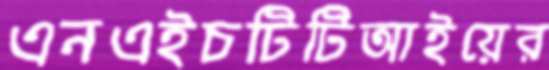
এনএইচটিটিআইয়ের